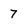
Character: 7